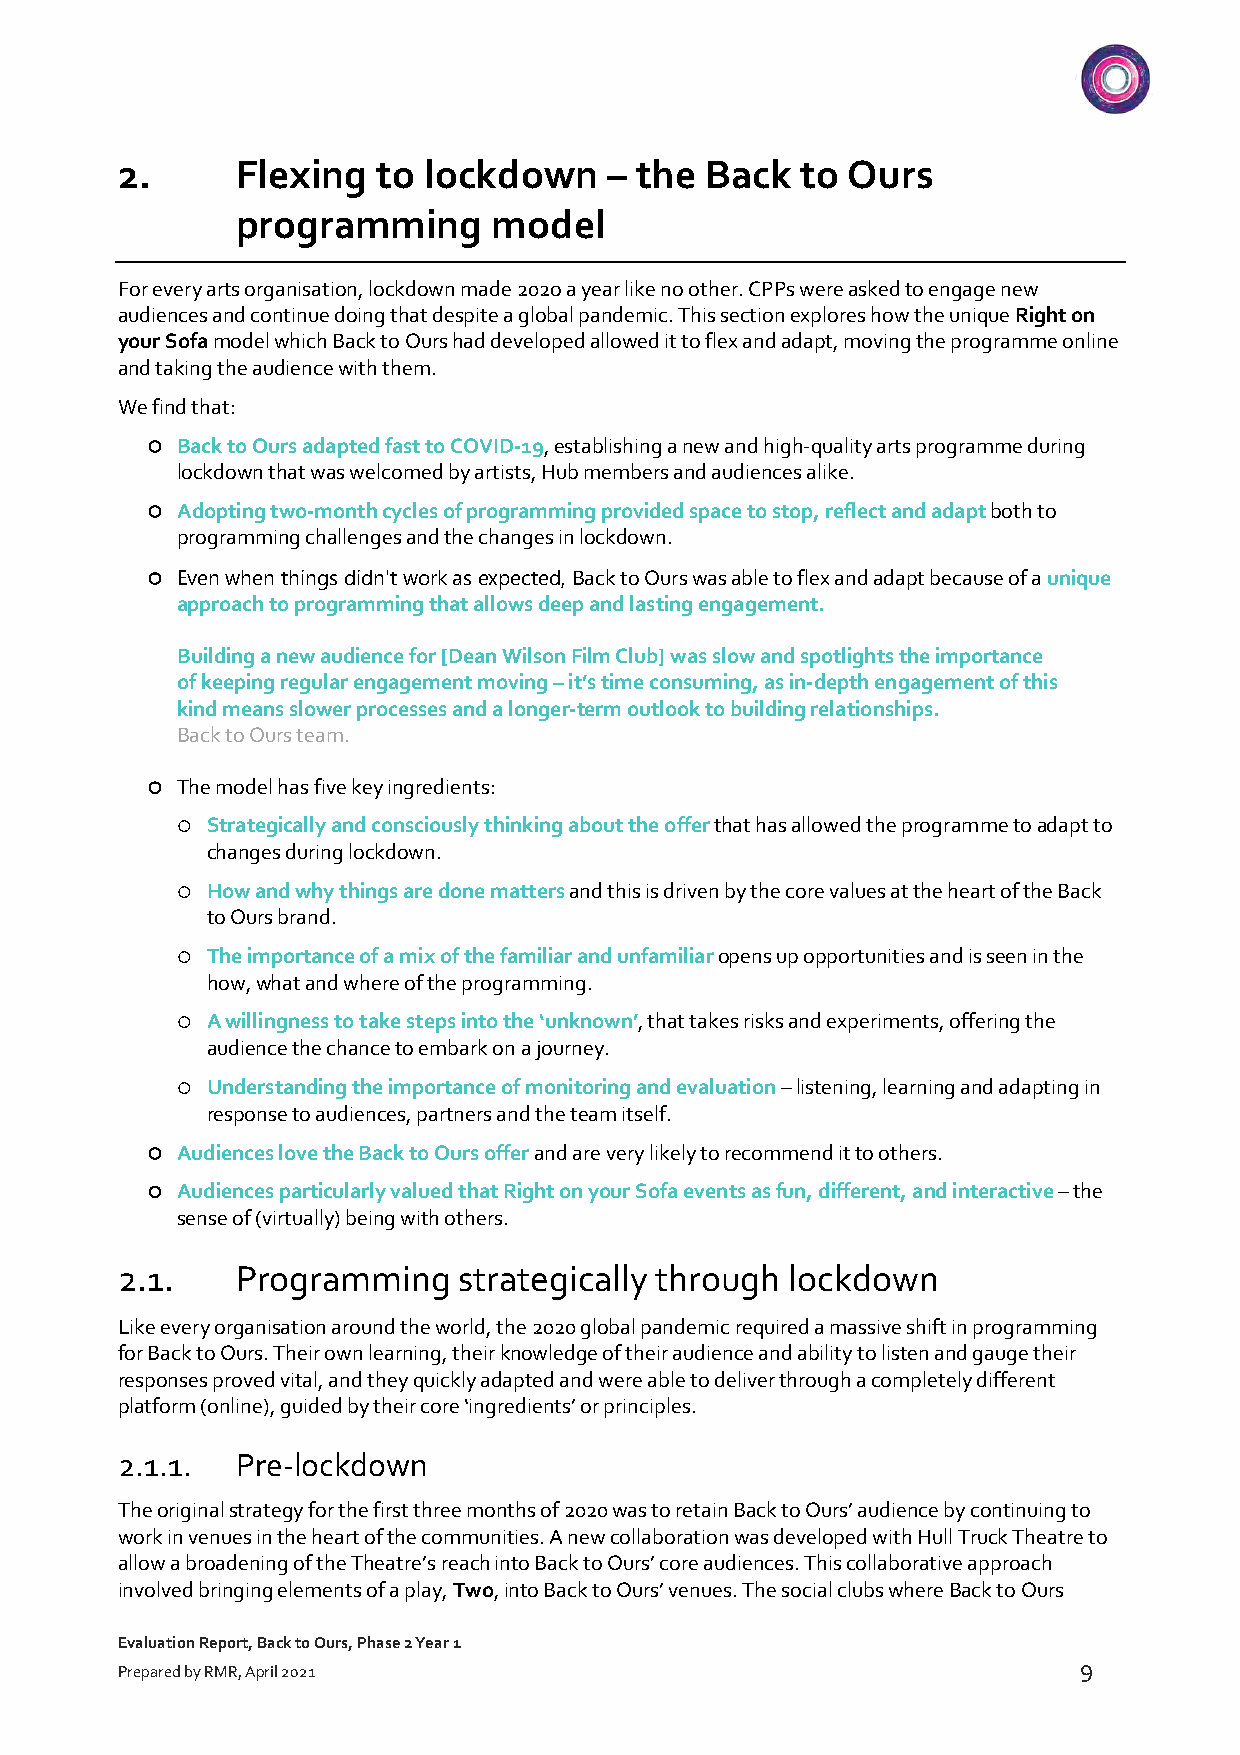
2.      Flexing  to lockdown    – the  Back  to Ours
 programming      model
 For every arts organisation, lockdown made 202o a year like no other. CPPs were asked to engage new
 audiences and continue doing that despite a global pandemic. This section explores how the unique Right on
 your Sofa model which Back to Ours had developed allowed it to flex and adapt, moving the programme online
 and taking the audience with them.
 We find that:
 ¡ Back to Ours adapted fast to COVID-19, establishing a new and high-quality arts programme during
 lockdown that was welcomed by artists, Hub members and audiences alike.
 ¡ Adopting two-month cycles of programming provided space to stop, reflect and adapt both to
 programming challenges and the changes in lockdown.
 ¡ Even when things didn't work as expected, Back to Ours was able to flex and adapt because of a unique
 approach to programming that allows deep and lasting engagement.
 Building a new audience for [Dean Wilson Film Club] was slow and spotlights the importance
 of keeping regular engagement moving – it’s time consuming, as in-depth engagement of this
 kind means slower processes and a longer-term outlook to building relationships.
 Back to Ours team.
 ¡ The model has five key ingredients:
 ¡ Strategically and consciously thinking about the offer that has allowed the programme to adapt to
 changes during lockdown.
 ¡ How and why things are done matters and this is driven by the core values at the heart of the Back
 to Ours brand.
 ¡ The importance of a mix of the familiar and unfamiliar opens up opportunities and is seen in the
 how, what and where of the programming.
 ¡ A willingness to take steps into the ‘unknown’, that takes risks and experiments, offering the
 audience the chance to embark on a journey.
 ¡ Understanding the importance of monitoring and evaluation – listening, learning and adapting in
 response to audiences, partners and the team itself.
 ¡ Audiences love the Back to Ours offer and are very likely to recommend it to others.
 ¡ Audiences particularly valued that Right on your Sofa events as fun, different, and interactive – the
 sense of (virtually) being with others.
 2.1.    Programming   strategically through lockdown
 Like every organisation around the world, the 2020 global pandemic required a massive shift in programming
 for Back to Ours. Their own learning, their knowledge of their audience and ability to listen and gauge their
 responses proved vital, and they quickly adapted and were able to deliver through a completely different
 platform (online), guided by their core ‘ingredients’ or principles.
 2.1.1.  Pre-lockdown
 The original strategy for the first three months of 2020 was to retain Back to Ours’ audience by continuing to
 work in venues in the heart of the communities. A new collaboration was developed with Hull Truck Theatre to
 allow a broadening of the Theatre’s reach into Back to Ours’ core audiences. This collaborative approach
 involved bringing elements of a play, Two, into Back to Ours’ venues. The social clubs where Back to Ours
 Evaluation Report, Back to Ours, Phase 2 Year 1
 9
 Prepared by RMR, April 2021